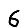
Digit: 6